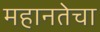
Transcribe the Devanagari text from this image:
महानतेचा